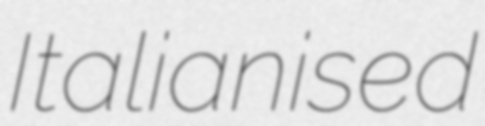
Italianised